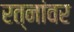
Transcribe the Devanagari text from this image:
रत्‍नांवर